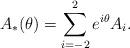
LaTeX: \begin{align*}A_*(\theta) = \sum_{i=-2}^2 e^{i \theta} A_i.\end{align*}